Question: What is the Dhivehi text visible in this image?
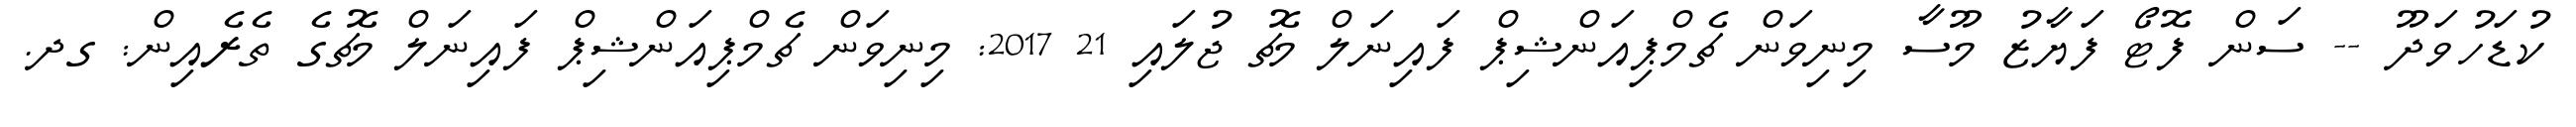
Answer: ކުޑަހުވަދޫ -- ސަން ފޮޓޯ ފަޔާޒު މޫސާ މިނިވަން ޗެމްޕިއަންޝިޕް ފައިނަލް މެޗު ޖުލައި 21 2017: މިނިވަން ޗެމްޕިއަންޝިޕް ފައިނަލް މެޗުގެ ތެރެއިން: ގދ.